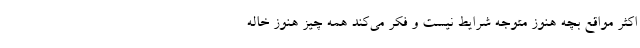
اکثر مواقع بچه هنوز متوجه شرایط نیست و فکر می‌کند همه چیز هنوز خاله